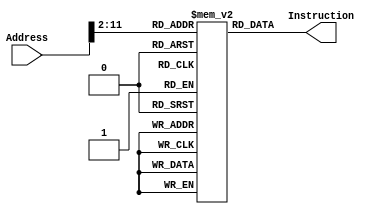
module Imem(input[31:0] Address,output reg[31:0] Instruction);

  reg[31:0] memory[0:(((32'b1)<<10)-1)];

always @ ( * )
begin
	Instruction = memory[Address>>2];
end
  
// The test machine code that I am using
initial
begin
  memory[0] <= 32'b11111100000000000000000000000011;
  memory[1] <= 32'b11111100001000000000000000000101;
  memory[2] <= 32'b11111100010000000000000000000110;
  memory[3] <= 32'b00000000011000000000100000100100;
  memory[4] <= 32'b00000000100000000000100000100101;
  memory[5] <= 32'b00000000101000010001000000100000;
  memory[6] <= 32'b00000000101001010000000001000000;
  memory[7] <= 32'b00000000101001010000000000100000;
end

endmodule